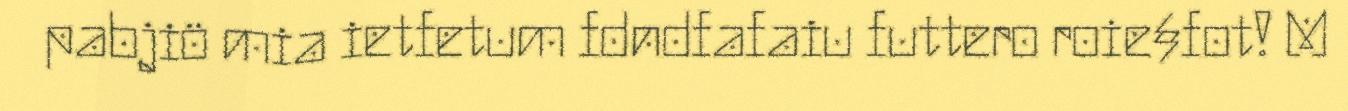
pabjiö mia ietfetum fdndfafaiu futtero roie§fot! M